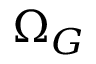
\Omega _ { G }